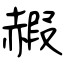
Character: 赮